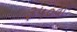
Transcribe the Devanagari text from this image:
३५०वाँ